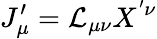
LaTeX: J_{\mu}^{\prime}=\mathcal{L}_{\mu\nu}X^{'\nu}